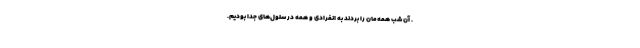
. آن شب همه‌مان را بردند به انفرادی و همه در سلول‌های جدا بودیم.